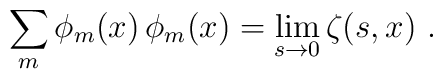
\sum_m\phi_m(x)\,\phi_m(x)=\lim_{s\rightarrow0}\zeta(s,x)\,\, .